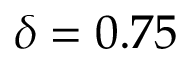
\delta = 0 . 7 5